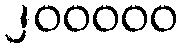
၂၀၀၀၀၀